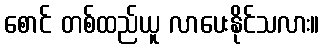
စောင် တစ်ထည်ယူ လာပေးနိုင်သလား။